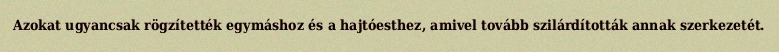
Azokat ugyancsak rögzítették egymáshoz és a hajtóesthez, amivel tovább szilárdították annak szerkezetét.